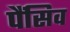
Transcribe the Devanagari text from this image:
पैंसिव